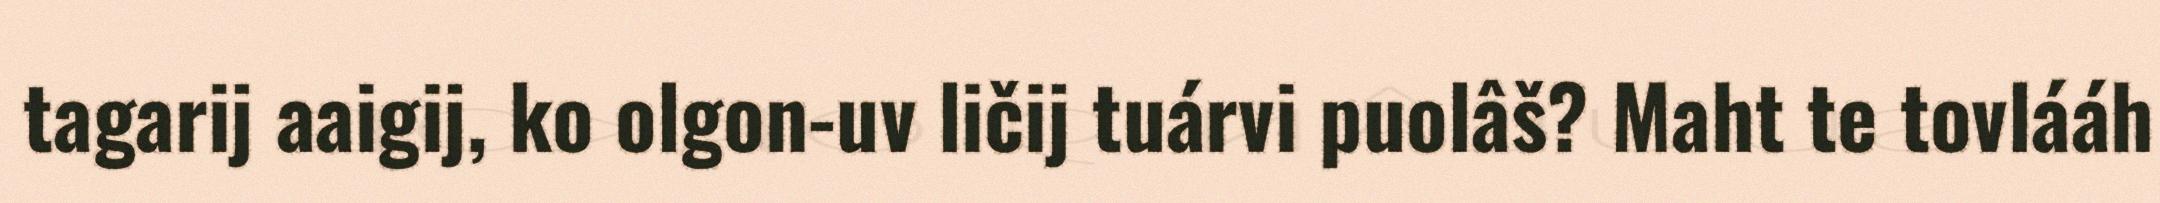
tagarij aaigij, ko olgon-uv ličij tuárvi puolâš? Maht te tovlááh